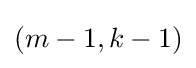
(m-1,k-1)